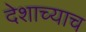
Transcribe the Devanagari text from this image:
देशाच्याच